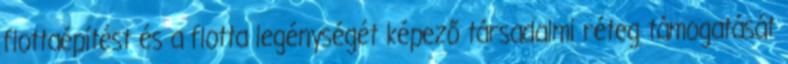
flottaépítést és a flotta legénységét képező társadalmi réteg támogatását